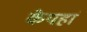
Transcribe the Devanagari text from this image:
केयहां